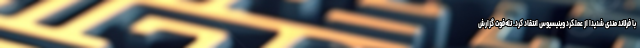
با فرلاند مندی شدیدا از عملکرد وینیسیوس انتقاد کرد. تله‌فوت گزارش